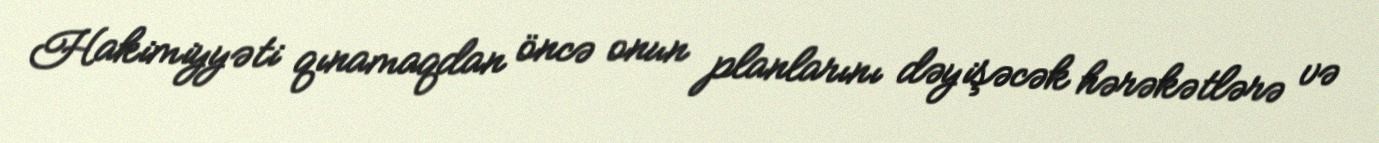
Hakimiyyəti qınamaqdan öncə onun planlarını dəyişəcək hərəkətlərə və